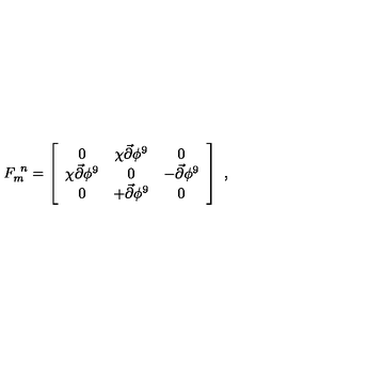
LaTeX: F _ { m } ^ { \ n } = \left[ \begin{array} { c c c } { 0 } & { \chi { \vec { \partial } } \phi ^ { 9 } } & { 0 } \\ { \chi { \vec { \partial } } \phi ^ { 9 } } & { 0 } & { - { \vec { \partial } } \phi ^ { 9 } } \\ { 0 } & { + { \vec { \partial } } \phi ^ { 9 } } & { 0 } \\ \end{array} \right] \ ,